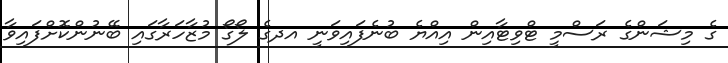
ގެ މިޝަންގެ ރަސްމީ ޓްވިޓާއިން އިއްޔެ ބުނެފައިވަނީ އދގެ ލޯގޯ މުޒާހަރާގައި ބޭނުންކޮށްފައިވާ